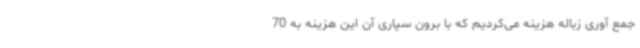
جمع آوری زباله هزینه می‌کردیم که با برون سپاری آن این هزینه به 70